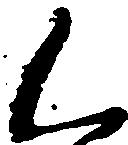
く